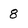
Character: 8